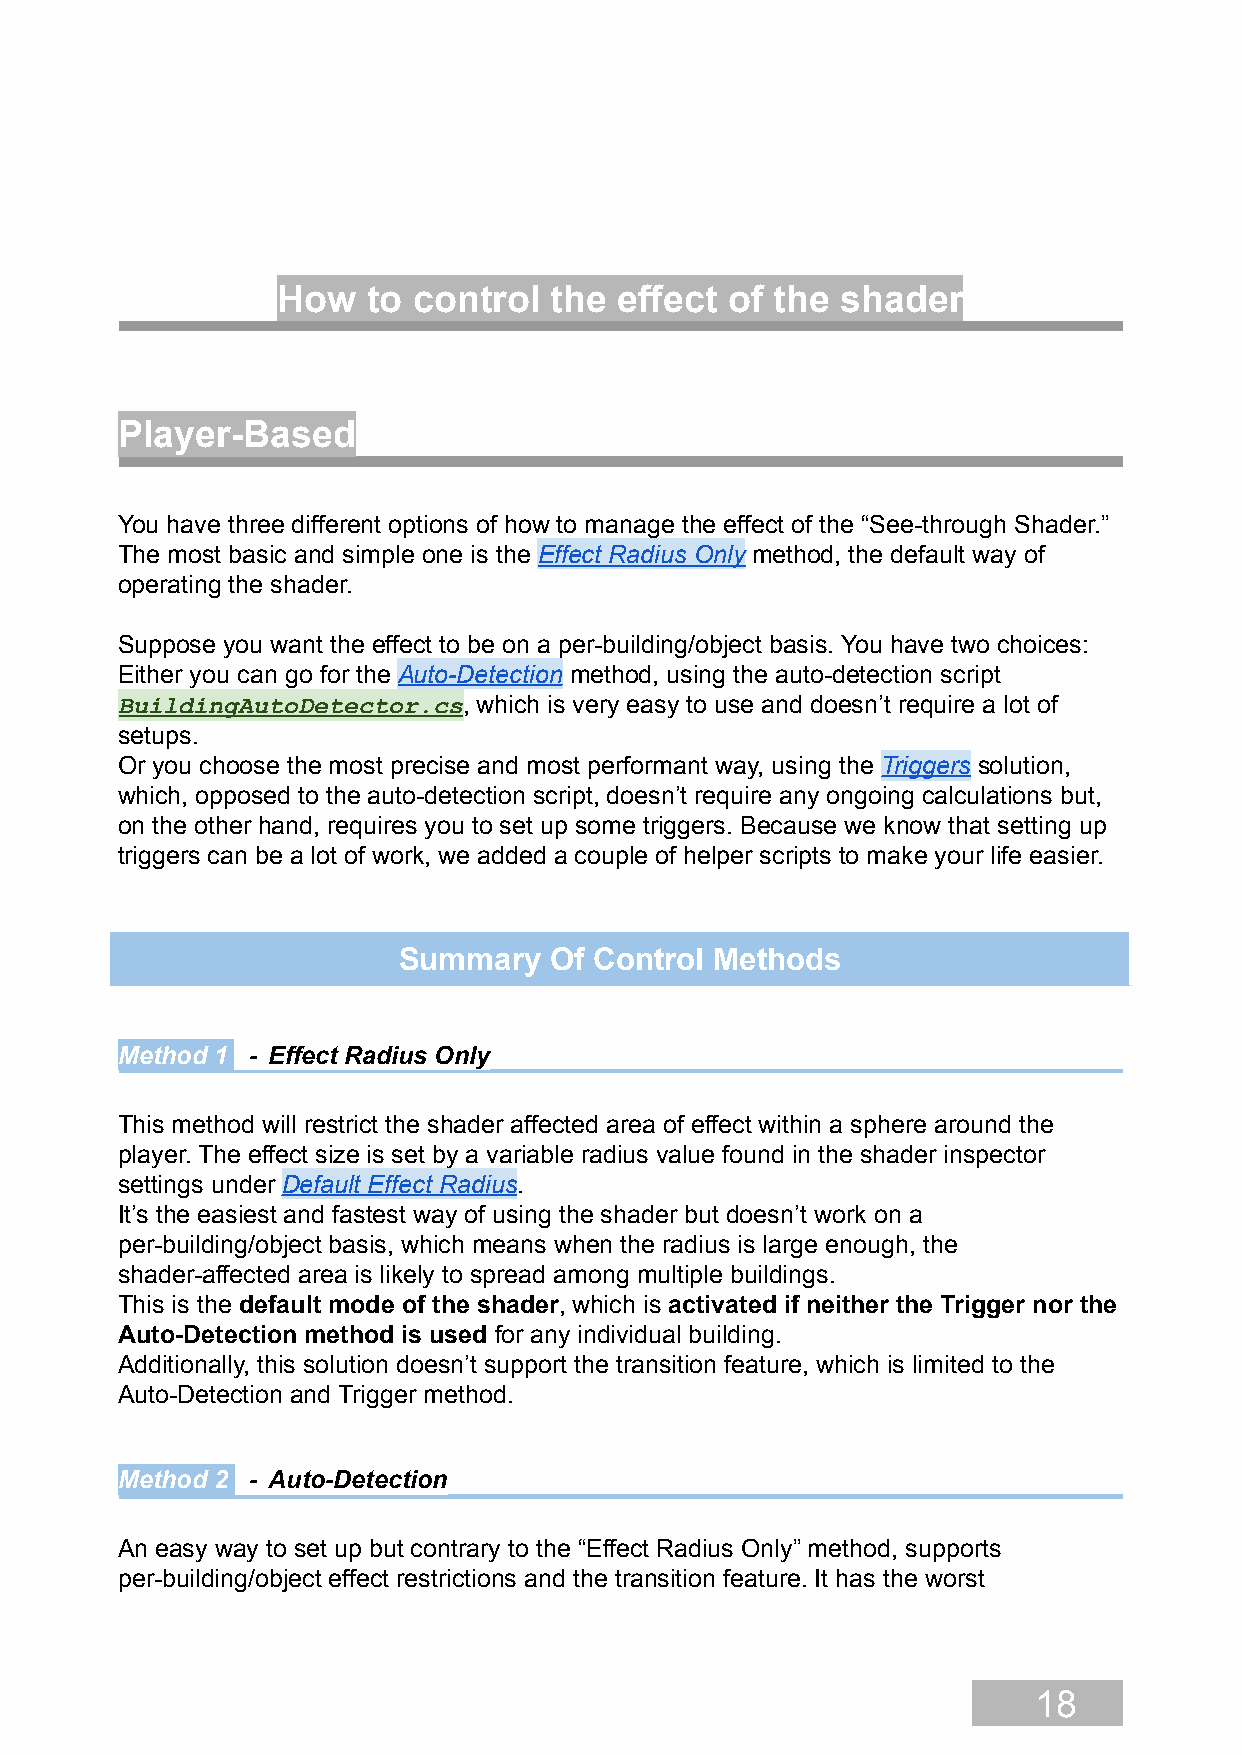
How   to control  the  effect of the  shader
 Player-Based
 You have three different options of how to manage the effect of the “See-through Shader.”
 The most basic and simple one is the Effect Radius Only method, the default way of
 operating the shader.
 Suppose you want the effect to be on a per-building/object basis. You have two choices:
 Either you can go for the Auto-Detection method, using the auto-detection script
 BuildingAutoDetector.cs, which is very easy to use and doesn’t require a lot of
 setups.
 Or you choose the most precise and most performant way, using the Triggers solution,
 which, opposed to the auto-detection script, doesn’t require any ongoing calculations but,
 on the other hand, requires you to set up some triggers. Because we know that setting up
 triggers can be a lot of work, we added a couple of helper scripts to make your life easier.
 Summary   Of Control Methods
 Method 1 - Effect Radius Only
 This method will restrict the shader affected area of effect within a sphere around the
 player. The effect size is set by a variable radius value found in the shader inspector
 settings under Default Effect Radius.
 It’s the easiest and fastest way of using the shader but doesn’t work on a
 per-building/object basis, which means when the radius is large enough, the
 shader-affected area is likely to spread among multiple buildings.
 This is the default mode of the shader, which is activated if neither the Trigger nor the
 Auto-Detection method is used for any individual building.
 Additionally, this solution doesn’t support the transition feature, which is limited to the
 Auto-Detection and Trigger method.
 Method 2 - Auto-Detection
 An easy way to set up but contrary to the “Effect Radius Only” method, supports
 per-building/object effect restrictions and the transition feature. It has the worst
 18